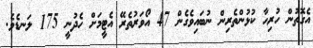
އެގޮތުން ހުރިހާ ކުޅުންތެރިން ނުބައިވެގެން 47 އޯވަރުތެރޭ އެޓީމަށް ހެދުނީ 175 ލަނޑެވެ.